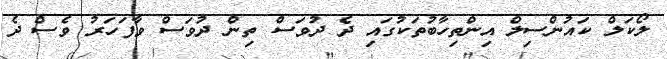
ލޯކަލް ކައުންސިލް އިންތިހާބުތަކުގައި ދެ ދުވަސް ތިން ދުވަސް ވާފަހަރު ވެސް ދެ